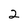
Character: 2